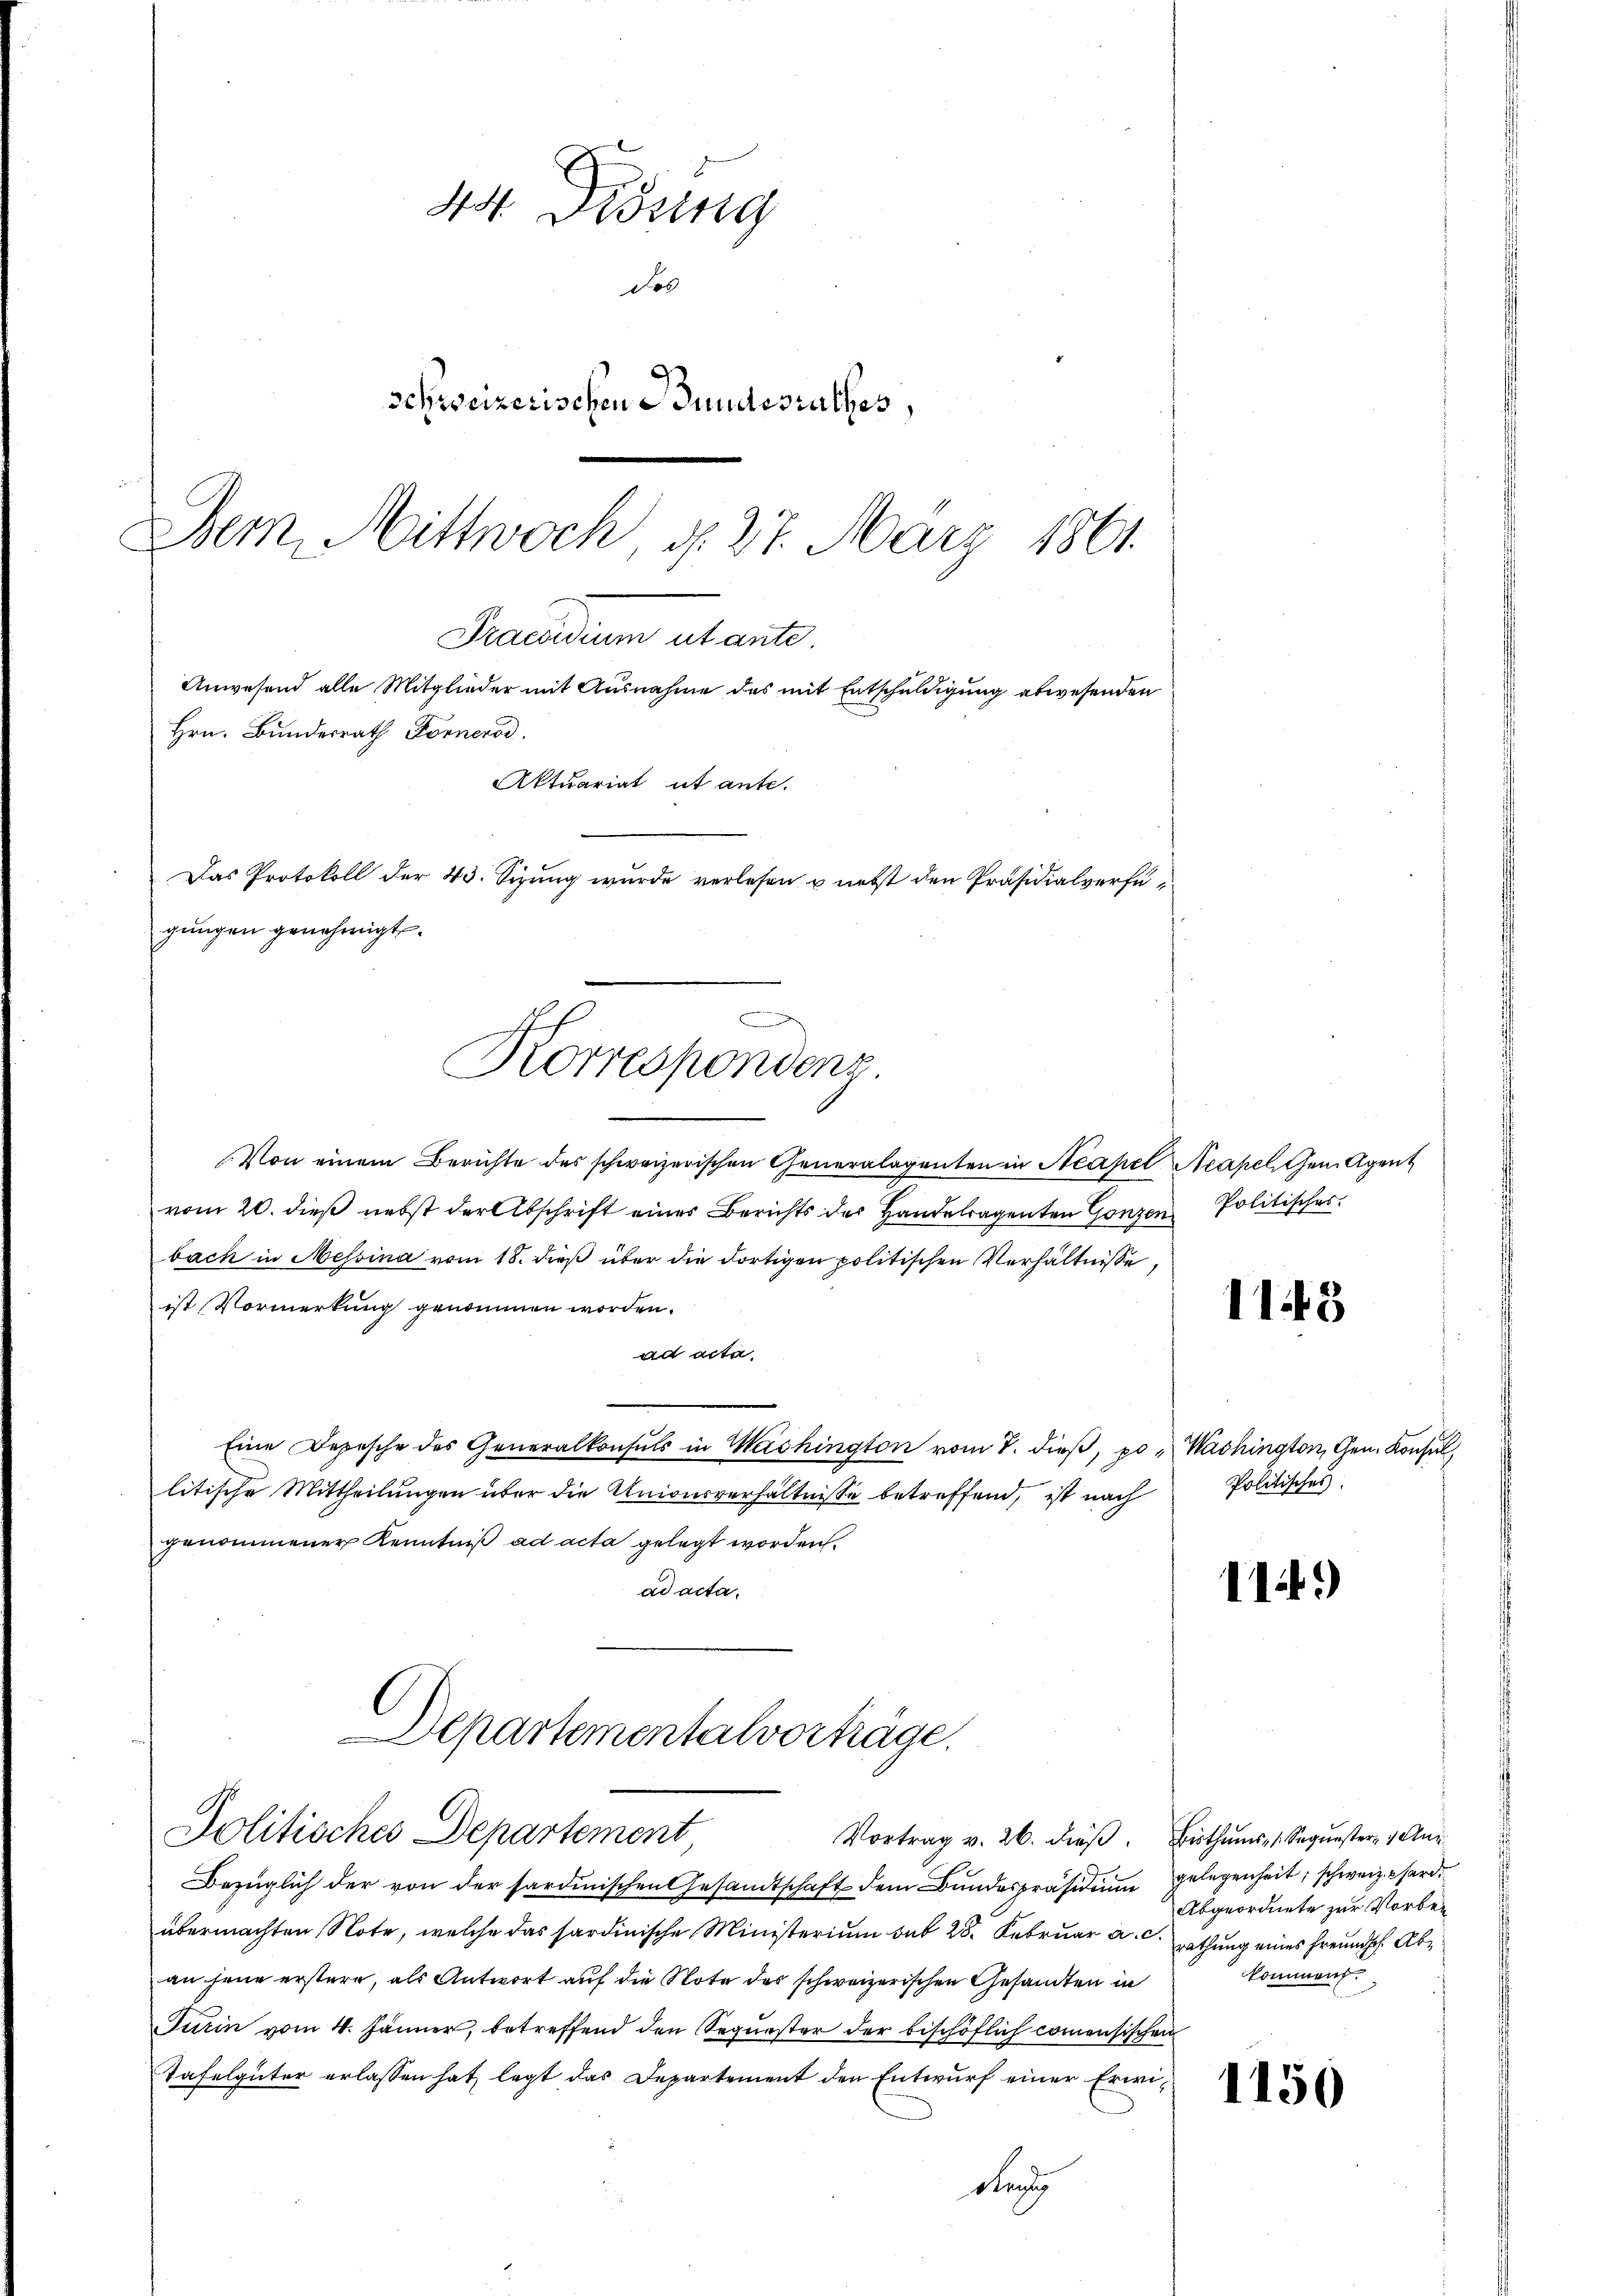
Praesidium utante.
Anwesend alle Mitglieder mit Ausnahme des mit Entschuldigung abwesenden
Hrn. Bundesrath Fornerod.
Aktuariat ut ante.
Das Protokoll der 43. Sizung wurde verlesen u. nebst den Präsidialverfügŭngen genehmigt.
F
Korrespondenz

44 Didung
des
Schweizerischen Bundesrathes,
Dem Mittwoch, d. 27. März 1861

Von einem Berichte des schweizerischen Generalogenten in Neapel Neapel gen Agent
vom 20. dieß nebst der Abschrift eines Berichts der Handetragenten Ganzen Politisches.
bach in Messina vom 18. dieß über die dortigen politischen Verhältnisse,
ist Vormerkung genommen worden.
ad acta
Eine Depesche des Generalkonsuls in Washington vom 7. dieβ, po " Washington, Gen. Konsul
litische Mittheilungen über die Uniourverhältnisse betreffend, ist nach
genommener Kenntniß ad acta gelegt worden.
ad acta.

Departementalverträge.
Politisches Departement

Bezüglich der von der sardinischen Gesandtschaft dem Bundespräsidiŭm gelegenheit, schweiz. Pferd
übermachten Note, welche das sardinische Ministerium sub 28. Februar a. c. rathung eines Freundsch. Aban jene erstern, als Antwort auf die Note des schweizerischen Gesandten in
Furin vom 4. Jänner, betreffend den Sequester der bischöflich commensischen
Tafelgüter erlassen hat, legt das Departement den Entwurf einer Erwi¬
Rang

Vortrag v. 26. dieβ. Bisthŭms 1. Sequester, 1 Aug

1143

Politisches.

114.

Abgeordnete zur Vorbei
kommen.

1150